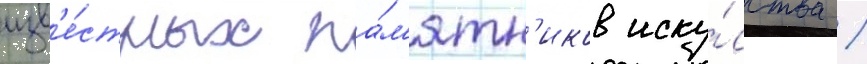
изв'е́стных па́м'ятн'иков иску́сства /